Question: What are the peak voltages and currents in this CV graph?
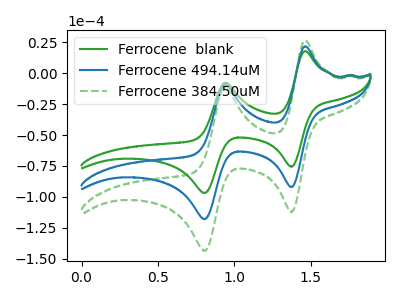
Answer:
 <answer>The green curve "Ferrocene  blank" has anodic peaks at (1.45V, 17.70uA) (0.95V, -7.70uA) and cathodic peaks at (1.40V, -75.60uA) (0.80V, -96.80uA). The blue curve "Ferrocene 494.14uM" has anodic peaks at (1.45V, 21.55uA) (0.95V, -9.40uA) and cathodic peaks at (1.40V, -92.05uA) (0.80V, -117.85uA). The green dashed curve "Ferrocene 384.50uM" has anodic peaks at (1.45V, 43.05uA) (0.95V, -18.75uA) and cathodic peaks at (1.40V, -184.15uA) (0.80V, -235.70uA).</answer>
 <eval></eval>